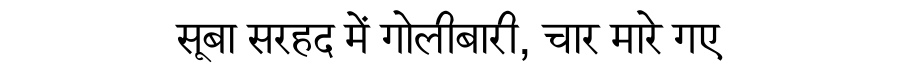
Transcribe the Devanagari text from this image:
सूबा सरहद में गोलीबारी, चार मारे गए